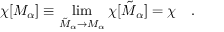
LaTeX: \chi [ { \cal M } _ { \alpha } ] \equiv \operatorname * { l i m } _ { { \tilde { \cal M } } _ { \alpha } \rightarrow { \cal M } _ { \alpha } } \chi [ { \tilde { \cal M } } _ { \alpha } ] = \chi ~ ~ ~ .